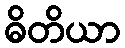
ဓိတိယာ